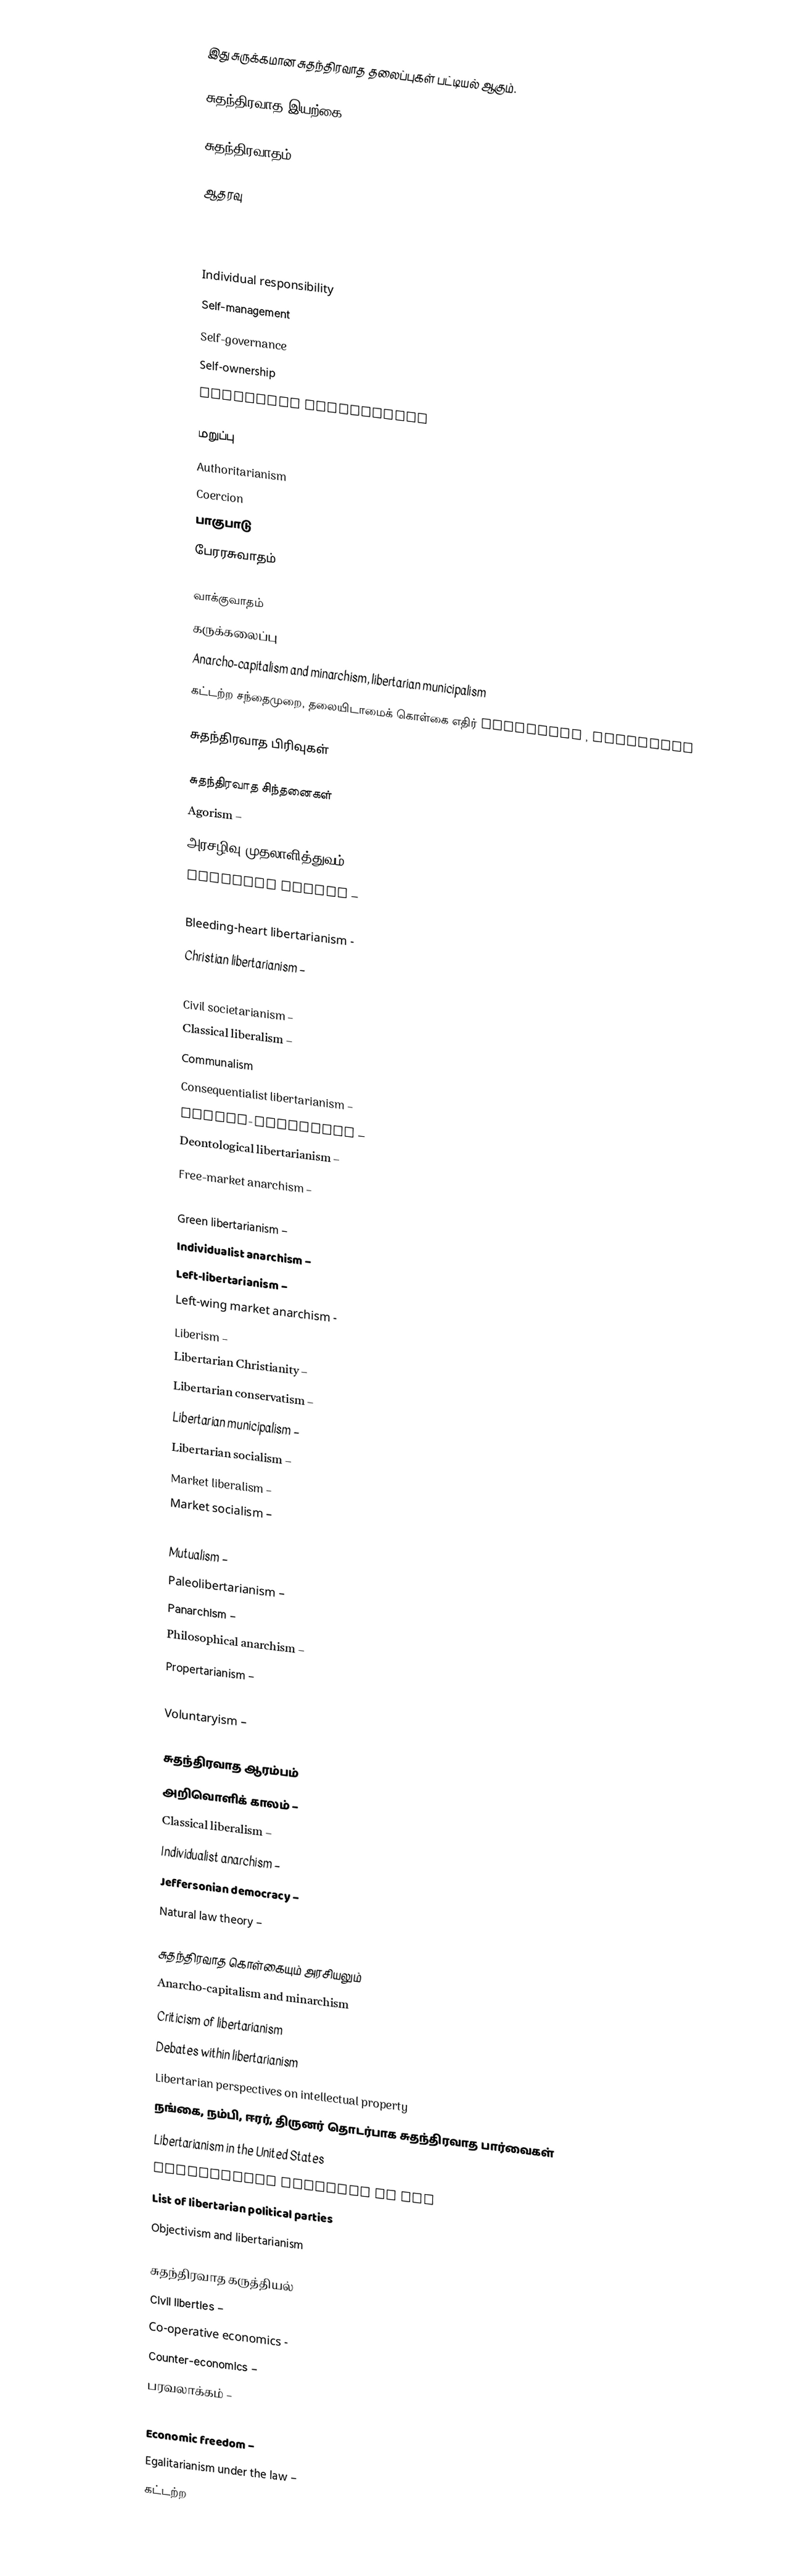
இது சுருக்கமான சுதந்திரவாத தலைப்புகள் பட்டியல் ஆகும்.

சுதந்திரவாத இயற்கை

சுதந்திரவாதம்

ஆதரவு
 Economic freedom
 Egalitarianism
 Free society
 Individual responsibility
 Self-management
 Self-governance
 Self-ownership
 Voluntary association

மறுப்பு
 Authoritarianism
 Coercion
 பாகுபாடு
 பேரரசுவாதம்

வாக்குவாதம்
 கருக்கலைப்பு
 Anarcho-capitalism and minarchism, libertarian municipalism
 கட்டற்ற சந்தைமுறை, தலையிடாமைக் கொள்கை எதிர் socialism , communism

சுதந்திரவாத பிரிவுகள்

சுதந்திரவாத சிந்தனைகள்
 Agorism –
 அரசழிவு முதலாளித்துவம் –
 Austrian School –
 Autarchism –
 Bleeding-heart libertarianism -
 Christian libertarianism –
 Civil libertarianism
 Civil societarianism –
 Classical liberalism –
 Communalism
 Consequentialist libertarianism –
 Crypto-anarchism –
 Deontological libertarianism –
 Free-market anarchism –
 Geolibertarianism –
 Green libertarianism –
 Individualist anarchism –
 Left-libertarianism –
 Left-wing market anarchism -
 Liberism –
 Libertarian Christianity –
 Libertarian conservatism –
 Libertarian municipalism –
 Libertarian socialism –
 Market liberalism –
 Market socialism –
 Minarchism –
 Mutualism –
 Paleolibertarianism –
 Panarchism –
 Philosophical anarchism –
 Propertarianism –
 Right-libertarianism –
 Voluntaryism –

சுதந்திரவாத ஆரம்பம்
 அறிவொளிக் காலம் –
 Classical liberalism –
 Individualist anarchism –
 Jeffersonian democracy –
 Natural law theory –

சுதந்திரவாத கொள்கையும் அரசியலும்
 Anarcho-capitalism and minarchism
 Criticism of libertarianism
 Debates within libertarianism
 Libertarian perspectives on intellectual property
 நங்கை, நம்பி, ஈரர், திருனர் தொடர்பாக சுதந்திரவாத பார்வைகள்
 Libertarianism in the United States
 Libertarian theories of law
 List of libertarian political parties
 Objectivism and libertarianism

சுதந்திரவாத கருத்தியல்
 Civil liberties –
 Co-operative economics -
 Counter-economics –
 பரவலாக்கம் –
 Dispute resolution organization –
 Economic freedom –
 Egalitarianism under the law –
 கட்டற்ற